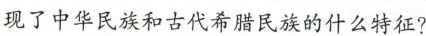
现了中华民族和古代希腊民族的什么特征?